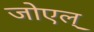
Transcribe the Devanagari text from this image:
जोएल्‌